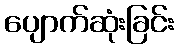
ပျောက်ဆုံးခြင်း